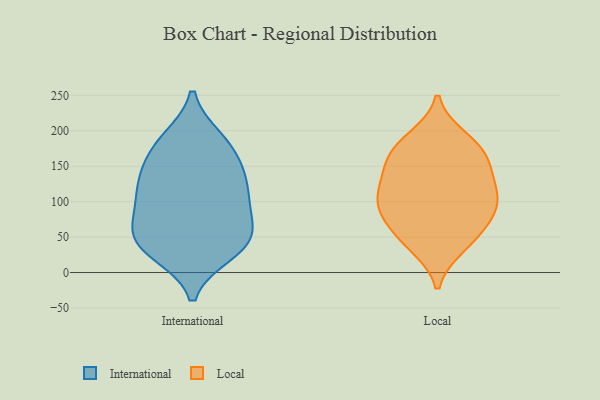
{"axis": {"x": "Budget (USD K)", "y": "Value"}, "legend": ["International", "Local"], "data": [{"x": "", "y": 180, "type": "International"}, {"x": "", "y": 46, "type": "International"}, {"x": "", "y": 62, "type": "International"}, {"x": "", "y": 32, "type": "International"}, {"x": "", "y": 131, "type": "International"}, {"x": "", "y": 28, "type": "International"}, {"x": "", "y": 180, "type": "International"}, {"x": "", "y": 81, "type": "International"}, {"x": "", "y": 99, "type": "International"}, {"x": "", "y": 97, "type": "International"}, {"x": "", "y": 49, "type": "International"}, {"x": "", "y": 188, "type": "International"}, {"x": "", "y": 41, "type": "International"}, {"x": "", "y": 136, "type": "International"}, {"x": "", "y": 120, "type": "International"}, {"x": "", "y": 146, "type": "International"}, {"x": "", "y": 79, "type": "Local"}, {"x": "", "y": 176, "type": "Local"}, {"x": "", "y": 36, "type": "Local"}, {"x": "", "y": 185, "type": "Local"}, {"x": "", "y": 94, "type": "Local"}, {"x": "", "y": 72, "type": "Local"}, {"x": "", "y": 138, "type": "Local"}, {"x": "", "y": 104, "type": "Local"}, {"x": "", "y": 40, "type": "Local"}, {"x": "", "y": 120, "type": "Local"}, {"x": "", "y": 152, "type": "Local"}, {"x": "", "y": 103, "type": "Local"}, {"x": "", "y": 50, "type": "Local"}, {"x": "", "y": 117, "type": "Local"}, {"x": "", "y": 83, "type": "Local"}, {"x": "", "y": 165, "type": "Local"}, {"x": "", "y": 151, "type": "Local"}, {"x": "", "y": 191, "type": "Local"}]}